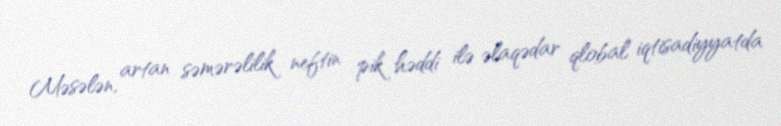
Məsələn, artan səmərəlilik neftin pik həddi ilə əlaqədar qlobal iqtisadiyyatda